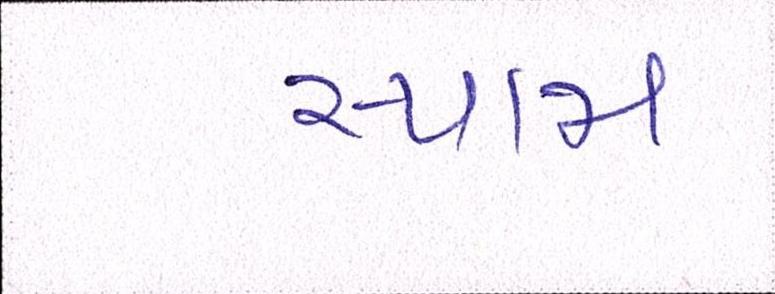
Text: સ્પામ